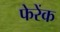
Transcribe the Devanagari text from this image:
फेरेंक